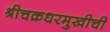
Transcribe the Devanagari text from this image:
श्रीचक्रधरमुखीची